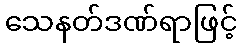
သေနတ်ဒဏ်ရာဖြင့်